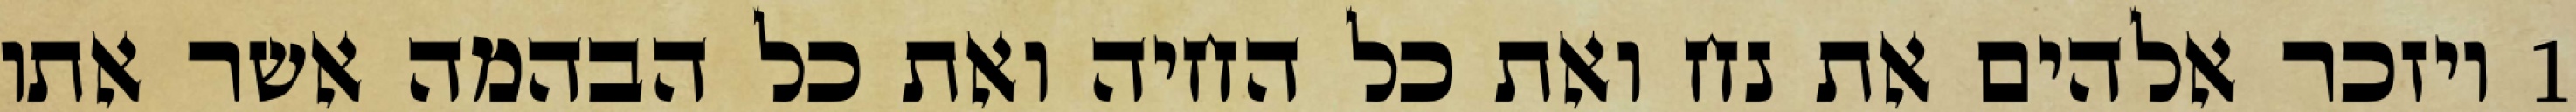
1 ויזכר אלהים את נח ואת כל החיה ואת כל הבהמה אשר אתו